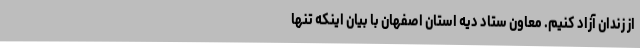
از زندان آزاد کنیم. معاون ستاد دیه استان اصفهان با بیان اینکه تنها